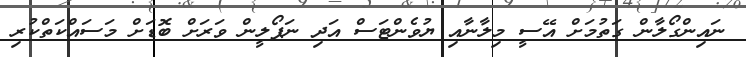
ނައިންގޯލާން ގަތުމަށް އޭސީ މިލާނާއި ޔުވެންޓަސް އަދި ނަޕޯލީން ވަރަށް ބޮޑަށް މަސައްކަތްކުރި